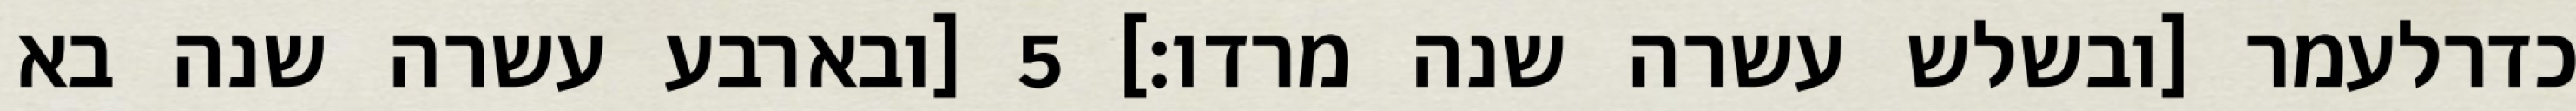
כדרלעמר [ובשלש עשרה שנה מרדו׃] ‎5‏ [ובארבע עשרה שנה בא